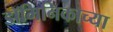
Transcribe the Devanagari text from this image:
डॉमिनिकाच्या